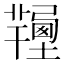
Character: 𦏚